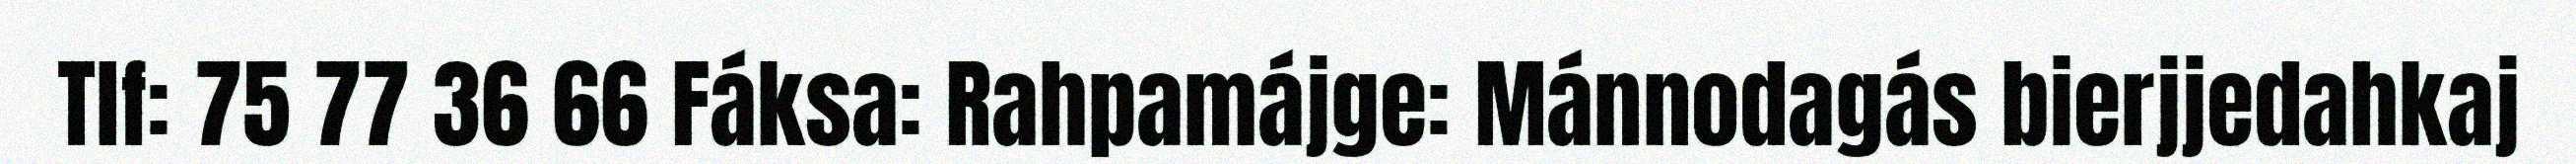
Tlf: 75 77 36 66 Fáksa: Rahpamájge: Mánnodagás bierjjedahkaj